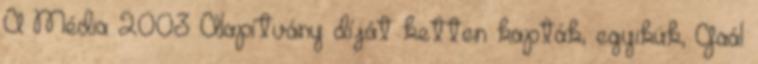
A Média 2003 Alapítvány díját ketten kapták, egyikük, Gaál